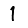
Digit: 1